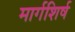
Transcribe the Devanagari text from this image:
मार्गशिर्ष